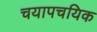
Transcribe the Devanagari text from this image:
चयापचयिक